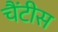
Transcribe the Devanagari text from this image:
चैंटीस